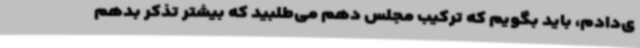
ی‌دادم،‌ باید بگویم که ترکیب مجلس دهم می‌طلبید که بیشتر تذکر بدهم